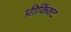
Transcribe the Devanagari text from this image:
प्रीकिंक्ट